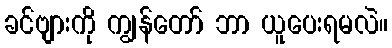
ခင်ဗျားကို ကျွန်တော် ဘာ ယူပေးရမလဲ။